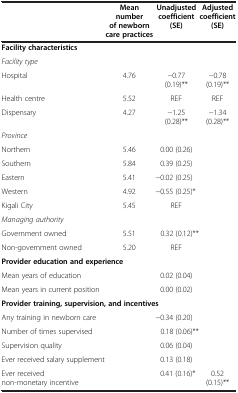
<table><thead><tr><td>[EMPTY_CELL]</td><td><b>Mean number of newborn care practices</b></td><td><b>Unadjusted coefficient (SE)</b></td><td><b>Adjusted coefficient (SE)</b></td></tr></thead><tbody><tr><td colspan="4"><b>Facility characteristics</b></td></tr><tr><td><i>Facility type</i></td><td>[EMPTY_CELL]</td><td>[EMPTY_CELL]</td><td>[EMPTY_CELL]</td></tr><tr><td>Hospital</td><td>4.76</td><td>−0.77 (0.19)**</td><td>−0.78 (0.19)**</td></tr><tr><td>Health centre</td><td>5.52</td><td>REF</td><td>REF</td></tr><tr><td>Dispensary</td><td>4.27</td><td>−1.25 (0.28)**</td><td>−1.34 (0.28)**</td></tr><tr><td><i>Province</i></td><td>[EMPTY_CELL]</td><td>[EMPTY_CELL]</td><td>[EMPTY_CELL]</td></tr><tr><td>Northern</td><td>5.46</td><td>0.00 (0.26)</td><td>[EMPTY_CELL]</td></tr><tr><td>Southern</td><td>5.84</td><td>0.39 (0.25)</td><td>[EMPTY_CELL]</td></tr><tr><td>Eastern</td><td>5.41</td><td>−0.02 (0.25)</td><td>[EMPTY_CELL]</td></tr><tr><td>Western</td><td>4.92</td><td>−0.55 (0.25)*</td><td>[EMPTY_CELL]</td></tr><tr><td>Kigali City</td><td>5.45</td><td>REF</td><td>[EMPTY_CELL]</td></tr><tr><td><i>Managing authority</i></td><td>[EMPTY_CELL]</td><td>[EMPTY_CELL]</td><td>[EMPTY_CELL]</td></tr><tr><td>Government owned</td><td>5.51</td><td>0.32 (0.12)**</td><td>[EMPTY_CELL]</td></tr><tr><td>Non-government owned</td><td>5.20</td><td>REF</td><td>[EMPTY_CELL]</td></tr><tr><td colspan="4"><b>Provider education and experience</b></td></tr><tr><td>Mean years of education</td><td>[EMPTY_CELL]</td><td>0.02 (0.04)</td><td>[EMPTY_CELL]</td></tr><tr><td>Mean years in current position</td><td>[EMPTY_CELL]</td><td>0.00 (0.02)</td><td>[EMPTY_CELL]</td></tr><tr><td colspan="4"><b>Provider training, supervision, and incentives</b></td></tr><tr><td>Any training in newborn care</td><td>[EMPTY_CELL]</td><td>−0.34 (0.20)</td><td>[EMPTY_CELL]</td></tr><tr><td>Number of times supervised</td><td>[EMPTY_CELL]</td><td>0.18 (0.06)**</td><td>[EMPTY_CELL]</td></tr><tr><td>Supervision quality</td><td>[EMPTY_CELL]</td><td>0.06 (0.04)</td><td>[EMPTY_CELL]</td></tr><tr><td>Ever received salary supplement</td><td>[EMPTY_CELL]</td><td>0.13 (0.18)</td><td>[EMPTY_CELL]</td></tr><tr><td>Ever received non-monetary incentive</td><td>[EMPTY_CELL]</td><td>0.41 (0.16)*</td><td>0.52 (0.15)**</td></tr></tbody></table>